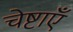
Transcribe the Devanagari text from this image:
चेष्टाएॅं